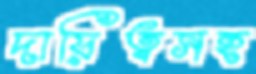
দায়িত্বসহ